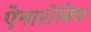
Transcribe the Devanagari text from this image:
ऐनारोबिक